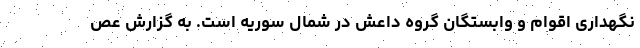
نگهداری اقوام و وابستگان گروه داعش در شمال سوریه است. به گزارش عص